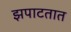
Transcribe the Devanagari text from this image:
झपाटतात